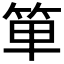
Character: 𥭆